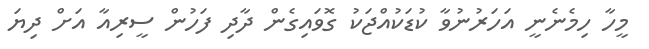
މީހާ ހިމެނެނީ އަހަރުނުވާ ކުޑަކުއްޖަކު ގޮވައިގެން ދާދި ފަހުން ސީރިއާ އަށް ދިޔަ